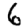
Digit: 6